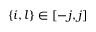
\{ i , l \} \in [ - j , j ]